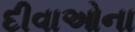
દીવાઓના